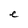
Character: e